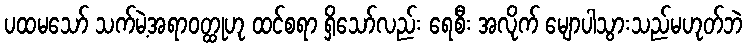
ပထမသော် သက်မဲ့အရာဝတ္ထုဟု ထင်စရာ ရှိသော်လည်း ရေစီး အလိုက် မျောပါသွားသည်မဟုတ်ဘဲ